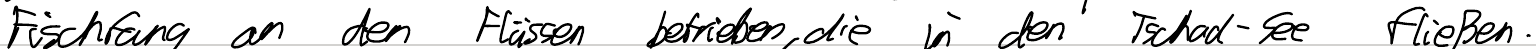
Frischfang an den Flüssen betrieben, die in den Tschad-See fließen.